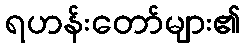
ရဟန်းတော်များ၏